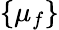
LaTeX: \left\{ \mu_{f}\right\}